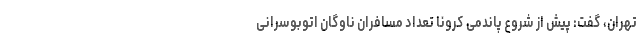
تهران، گفت: پیش از شروع پاندمی کرونا تعداد مسافران ناوگان اتوبوسرانی